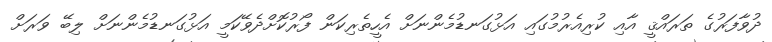
ދުވާފަރުގެ ތަރައްޤީ އާއި ކުރިއެރުމުގައި އަޅުގަނޑުމެންނަށް އެހީތެރިކަން ފޯރުކޮށްދެވޭކަމީ އަޅުގަނޑުމެންނަށް ލިބޭ ވަރަށް